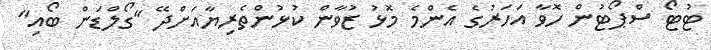
ޓުޓޯ ސްޕޯޓުން ހޮވާ އަހަރުގެ އެންމެ މޮޅު ޒުވާން ކުޅުންތެރިޔާއަށްދޭ "ގޯލްޑަން ބޯއި"